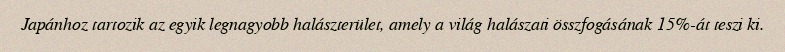
Japánhoz tartozik az egyik legnagyobb halászterület, amely a világ halászati összfogásának 15%-át teszi ki.